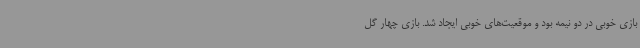
بازی خوبی در دو نیمه بود و موقعیت‌های خوبی ایجاد شد. بازی چهار گل